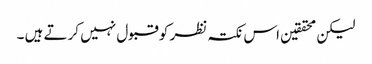
لیکن محققین اس نکتہ نظر کو قبول نہیں کرتے ہیں ۔